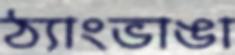
ঠ্যাংভাঙা